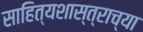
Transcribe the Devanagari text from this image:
साहित्यशास्त्राच्या